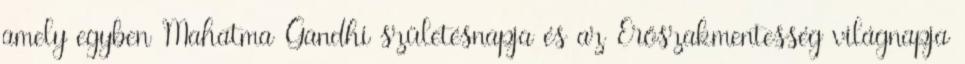
amely egyben Mahatma Gandhi születésnapja és az Erőszakmentesség világnapja